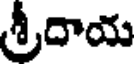
శ్రీదాయ